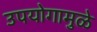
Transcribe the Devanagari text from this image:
उपयोगामुळे